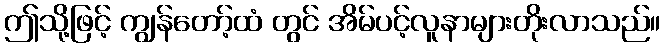
ဤသို့ဖြင့် ကျွန်တော့်ထံ တွင် အိမ်ပင့်လူနာများတိုးလာသည်။